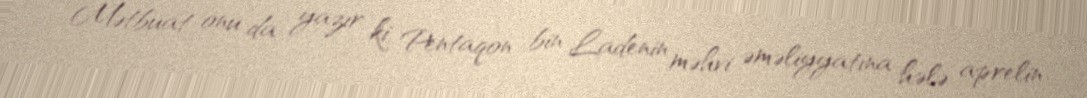
Mətbuat onu da yazır ki, Pentaqon bin Ladenin məhvi əməliyyatına hələ aprelin